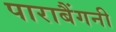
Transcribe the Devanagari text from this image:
पाराबैंगनी